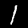
Label: 1